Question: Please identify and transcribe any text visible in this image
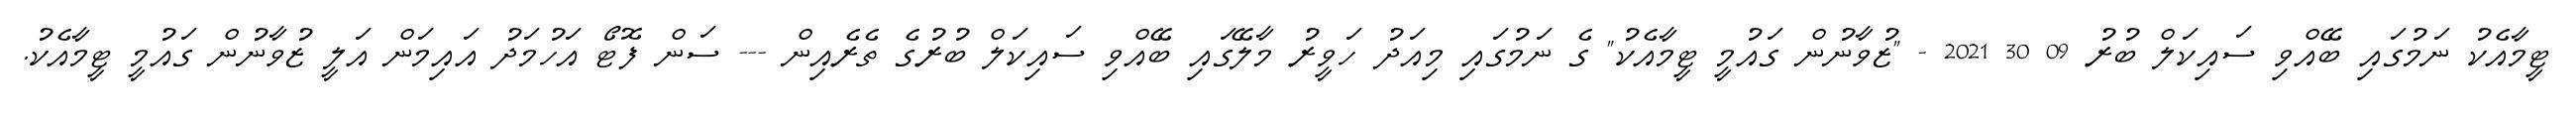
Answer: ޓީމާއެކު ނަމުގައި ބޭއްވި ސައިކަލް ބުރު 09 30 2021 - "ޒުވާނުން ގައުމީ ޓީމާއެކު" ގެ ނަމުގައި މިއަދު ހަވީރު މާލޭގައި ބޭއްވި ސައިކަލް ބުރުގެ ތެރެއިން --- ސަން ފޮޓޯ އަހުމަދު އައިމަން އަލީ ޒުވާނުން ގައުމީ ޓީމާއެކު.